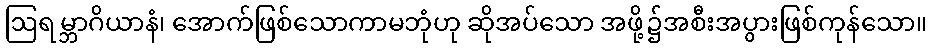
ဩရမ္ဘာဂိယာနံ၊ အောက်ဖြစ်သောကာမဘုံဟု ဆိုအပ်သော အဖို့၌အစီးအပွားဖြစ်ကုန်သော။